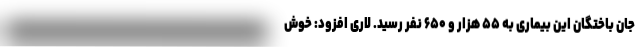
جان باختگان این بیماری به ۵۵ هزار و ۶۵۰ نفر رسید. لاری افزود: خوش